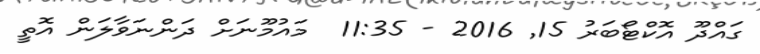
ގައްދޫ އޮކްޓޯބަރު 15